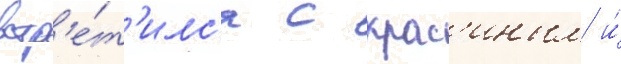
встр'е́т'илс'я с крас'иным и́